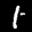
Label: 1